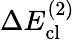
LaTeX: \Delta E_{\mathrm{cl}}^{(2)}